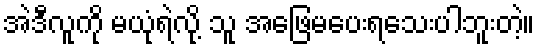
အဲဒီလူကို မယုံရဲလို့ သူ အဖြေမပေးရသေးပါဘူးတဲ့။